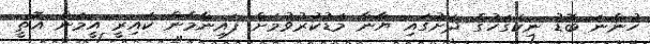
ހުންނަ ބޮޑު ނިކަގަހުގެ ދަށުގައި ޔާނާ މަޑުކުރުވުމަށް ފައިނާމެން ކައިރީ އީމަން އޮތީ